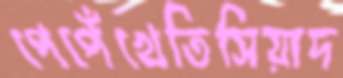
পেপেঁখেতিসিয়াদ